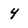
Character: y